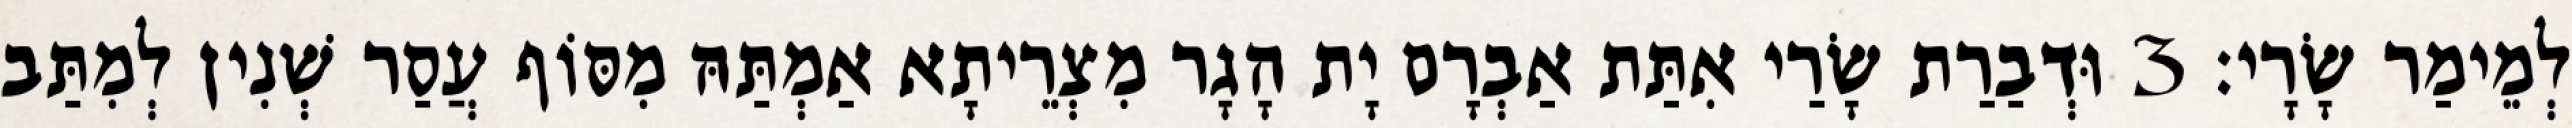
לְמֵימַר שָׂרָי׃ 3 וּדְבַרַת שָׂרַי אִתַּת אַבְרָם יָת הָגָר מִצְרֵיתָא אַמְתַּהּ מִסּוֹף עֲסַר שְׁנִין לְמִתַּב